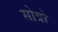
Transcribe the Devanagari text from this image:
सोत्रो